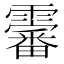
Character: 𱁨